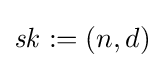
{\mathit {sk}}:=(n,d)